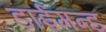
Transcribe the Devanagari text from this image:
डाईमन्ड